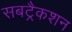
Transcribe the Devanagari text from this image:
सबट्रैकशन